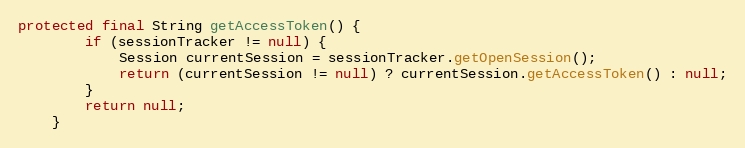
Language: Java
protected final String getAccessToken() {
        if (sessionTracker != null) {
            Session currentSession = sessionTracker.getOpenSession();
            return (currentSession != null) ? currentSession.getAccessToken() : null;
        }
        return null;
    }